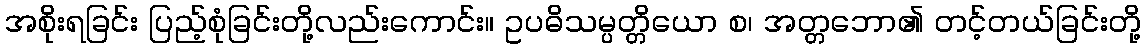
အစိုးရခြင်း ပြည့်စုံခြင်းတို့လည်းကောင်း။ ဥပဓိသမ္ပတ္တိယော စ၊ အတ္တဘော၏ တင့်တယ်ခြင်းတို့